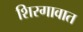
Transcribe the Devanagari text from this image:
शिरगावात